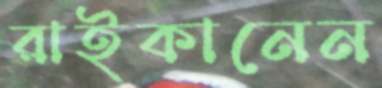
রাইকানেন